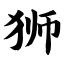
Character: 狮